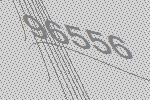
96556